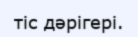
тіс дәрігері.